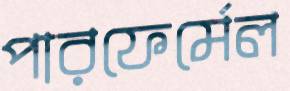
পারফের্মেল